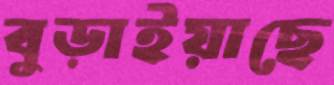
বুড়াইয়াছে